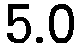
5.0